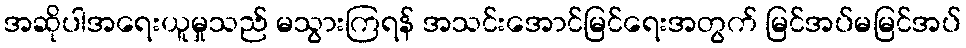
အဆိုပါအရေးယူမှုသည် မသွားကြရန် အသင်းအောင်မြင်ရေးအတွက် မြင်အပ်မမြင်အပ်